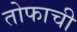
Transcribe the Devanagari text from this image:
तोफाची